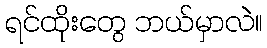
ရင်ထိုးတွေ ဘယ်မှာလဲ။